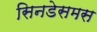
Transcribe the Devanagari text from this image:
सिनडेसमस